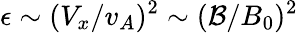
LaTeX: \epsilon\sim(V_{x}/v_{A})^{2}\sim(\mathcal{B}/B_{0})^{2}